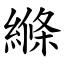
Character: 縧